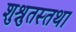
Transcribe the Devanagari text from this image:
शुश्रुतस्तथा